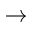
\rightarrow